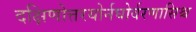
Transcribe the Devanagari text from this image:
दक्षिणोत्तरयोर्नघोर्वरणासिश्च